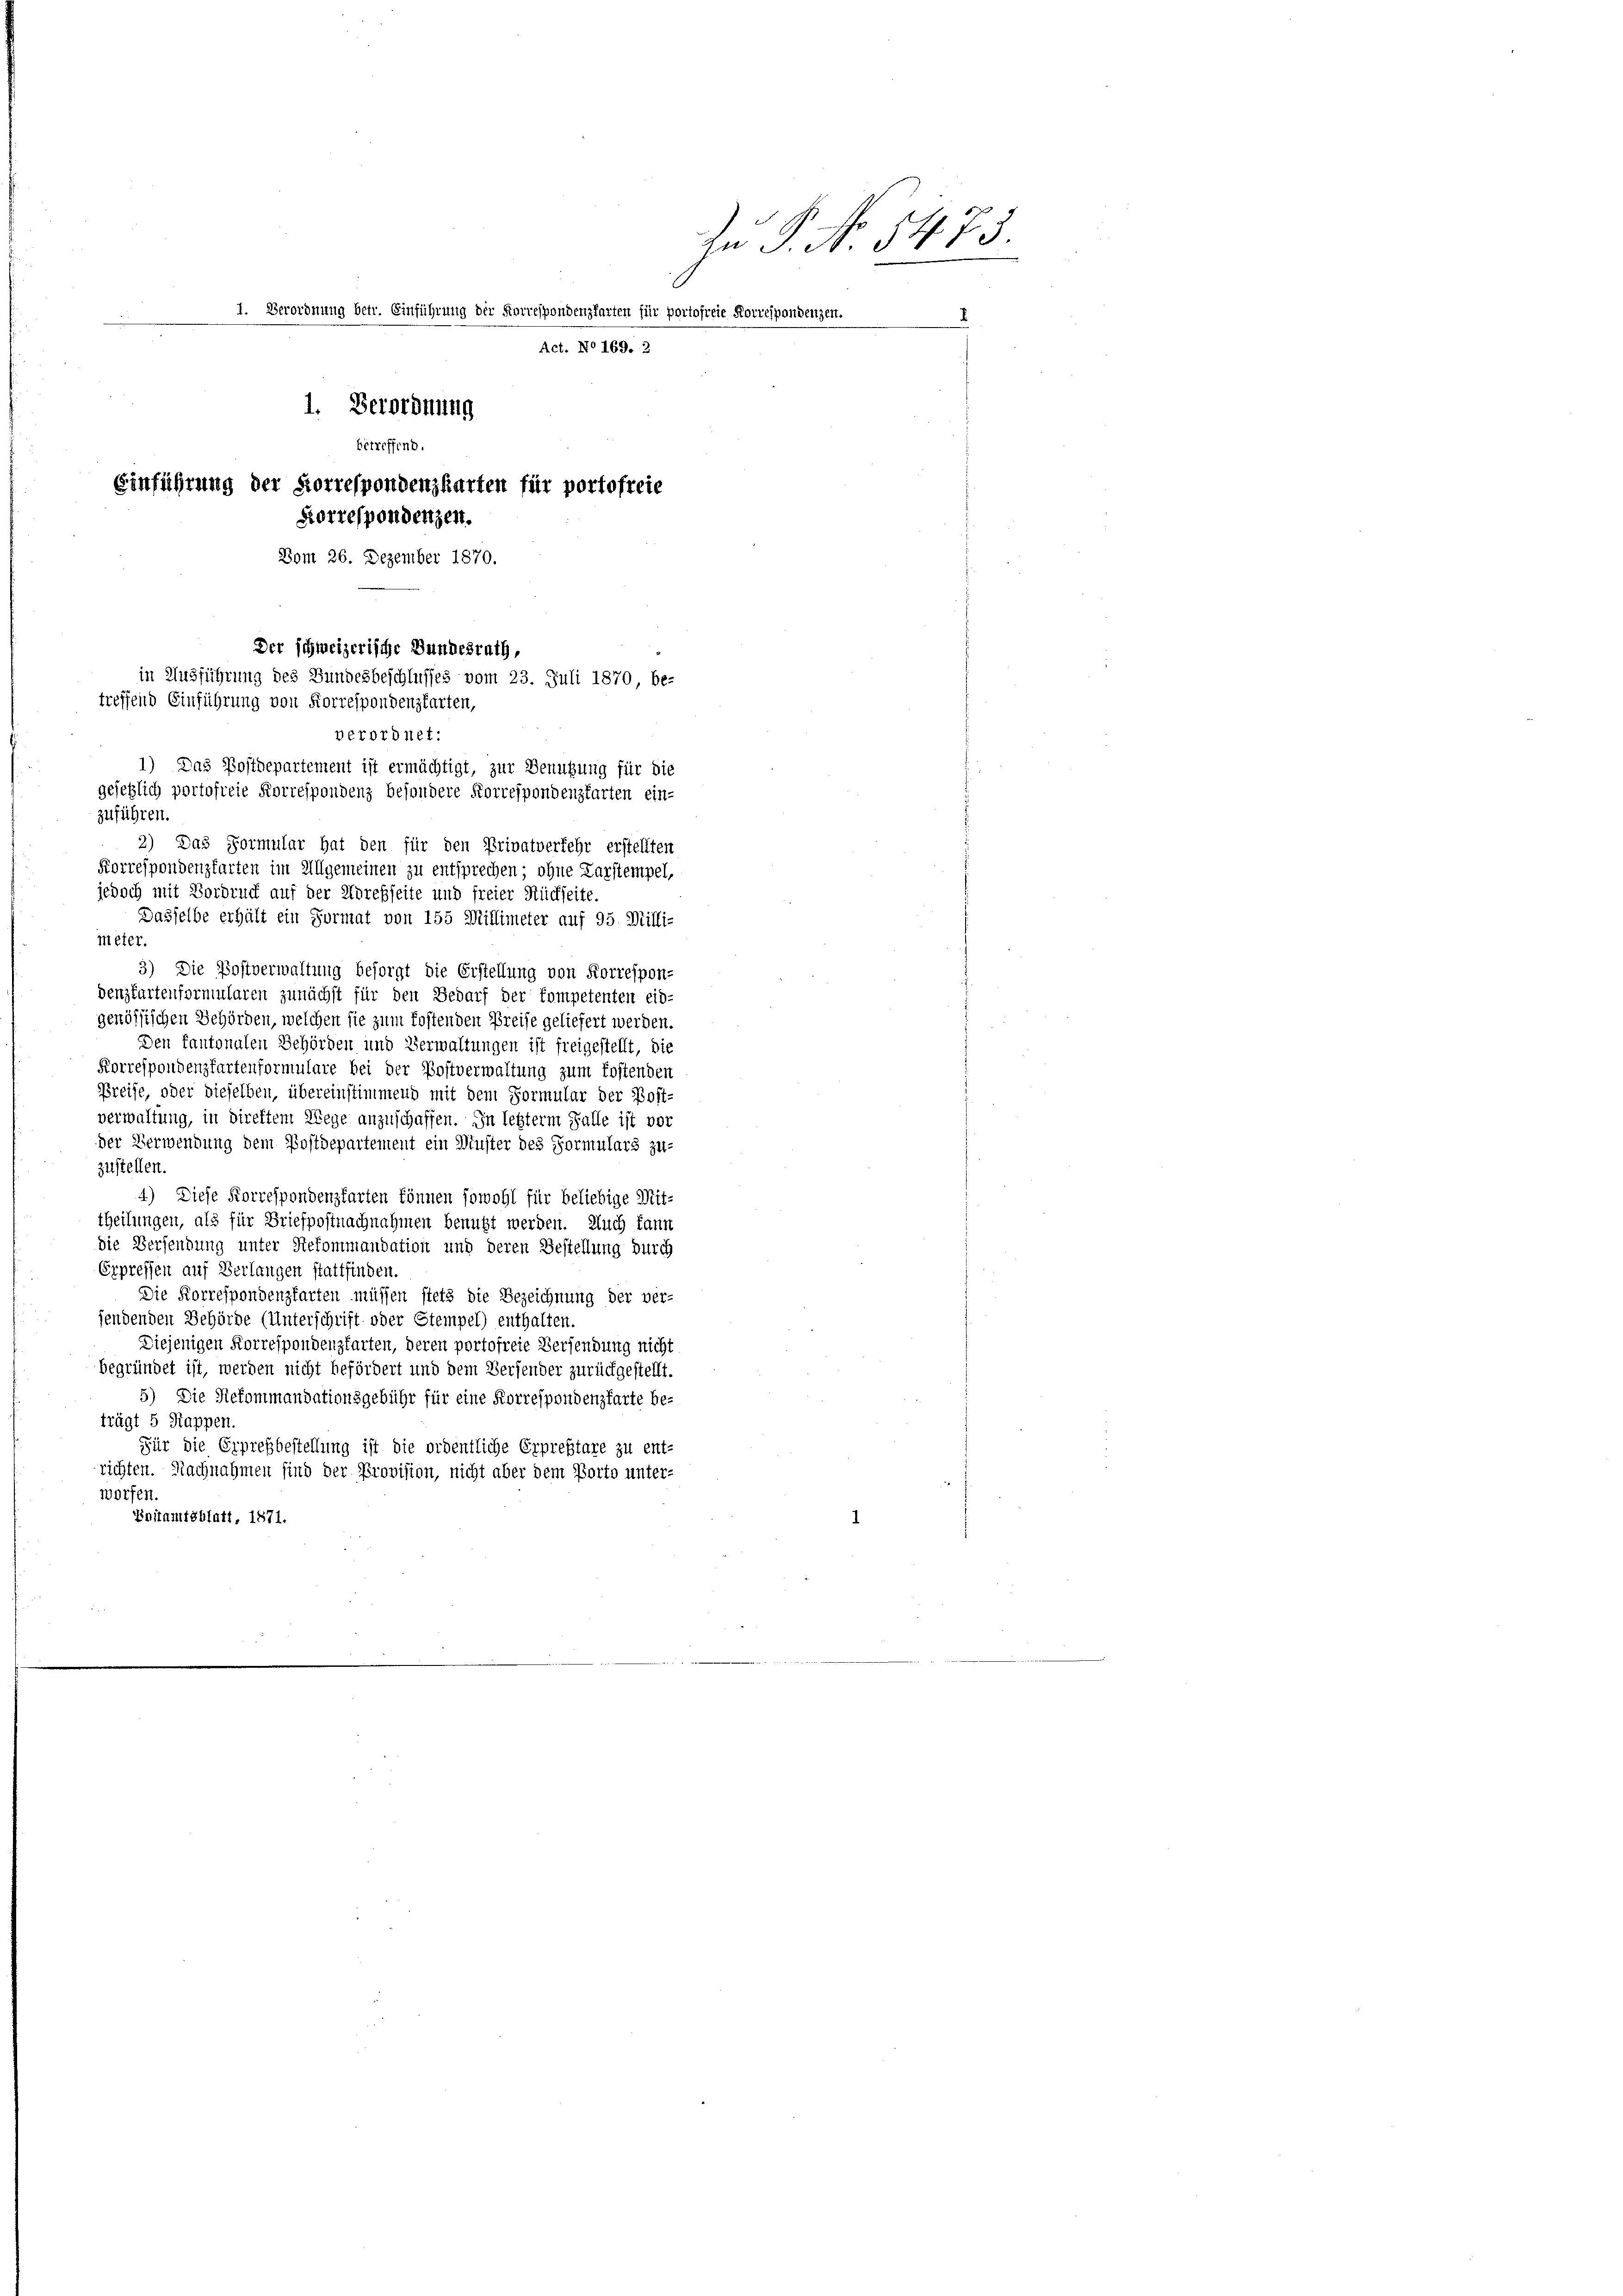
meter.
3) Die Postverwaltung besorgt die Erstellung von Korrespon-
denzkartenformularen zunächst für den Bedarf der kompetenten eid-
genössischen Gehörden, welchen sie zum kostenden Preise geliefert werden.
Den Kantonalen Behörden und Verwaltungen ist freigestellt, die
Korrespondenzfartenformulare bei der Postverwaltung zum kostenden
Preise, oder dieselben, übereinstimmend mit dem Formular der Bost-
verwaltung, in direktem Wege anzuschaffen. In letzterm Falle ist vor
der Verwendung dem Postdepartement ein Düster des Formulars zu-
zustellen.
4) Diese Korrespondenzkarten können sowohl für beliebige Mit-
theilungen, als für Briefpostnachnahmen benutzt werden. Auch kann
die Versendung unter Rekommandation und deren Bestellung durch
Erpressen auf Verlangen stattfinden.
Die Korrespondenzfarten müssen stets die Bezeichnung der ver-
fendenden Behörde (Unterschrift oder Stempel) enthalten.
Diejenigen Korrespondenzfarten, deren portofreie Versendung nicht
begründet ist, werden nicht befördert und dem Versender zurückgestellt.
5) Die Siekommandationsgebühr für eine Korrespondenzfarte be-
trägt 5 Rappen.
Für die Erpresbestellung ist die ordentliche Erpreßtare zu ent-
richten. Nachnahmen sind der Provision, nicht aber dem Porto unter-
worfen.
Enitamtsblatt, 1871.

jedoch mit Vordruck auf der Adresseite und freier Rückseite.
Dasselbe erhält ein Format von 155 Millimeter auf 95. Willi-

Zu P. No. 5475
. Verordnung betr. Einführung der Korrespondenzfarten für portofreie Korrespondenzen.
Act. No 169. 2
1. Verordnung
betreffend.
Einführung der Korrespondenzkarten fir portofreie
Korrespondenzen.
Vom 26. Dezember 1870.
Der schweizerische Bundesrath,
in Ausführung des Bundesbeschlusses vom 23. Juli 1870 be-
treffend Einführung von Korrespondenzkarten,
verordnet:
1) Das Postdepartement ist ermächtigt, zur Benutzung für die
gesetzlich portofreie Korrespondenz besondere Korrespondenzkarten ein-
zuführen.
2) Das Formular hat den für den Privatverkehr erstellten
Korrespondenzfarten im Allgemeinen zu entsprechen; ohne Darstempel,